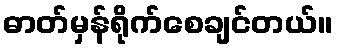
ဓာတ်မှန်ရိုက်စေချင်တယ်။